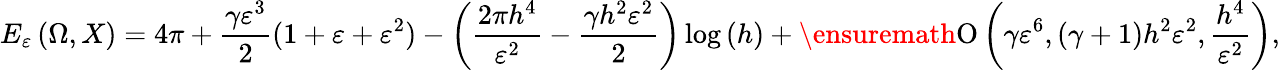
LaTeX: E_{\varepsilon}\left(\Omega,X\right)=4\pi+\frac{\gamma\varepsilon^{3}}{2}(1+\varepsilon+\varepsilon^{2})-\left(\frac{2\pi h^{4}}{\varepsilon^{2}}-\frac{\gamma h^{2}\varepsilon^{2}}{2}\right)\log{(h)}+\ensuremath{\operatorname{O}\left(\gamma\varepsilon^{6},(\gamma+1)h^{2}\varepsilon^{2},\frac{h^{4}}{\varepsilon^{2}}\right)},